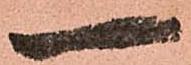
一